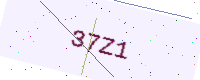
Text: 37Z1